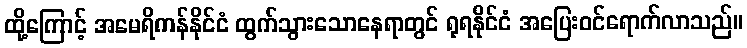
ထို့ကြောင့် အမေရိကန်နိုင်ငံ ထွက်သွားသောနေရာတွင် ရုရနိုင်ငံ အပြေးဝင်ရောက်လာသည်။